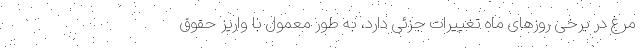
مرغ در برخی روزهای ماه تغییرات جزئی دارد، به طور معمول با واریز حقوق